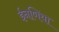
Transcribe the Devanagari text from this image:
ईनणिया